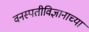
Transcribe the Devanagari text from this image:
वनस्पतीविज्ञानाच्या